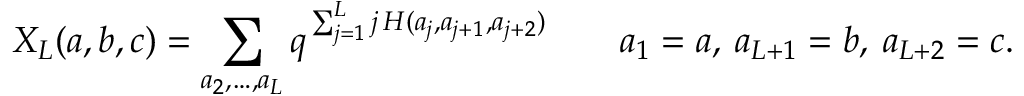
X _ { L } ( a , b , c ) = \sum _ { a _ { 2 } , \ldots , a _ { L } } q ^ { \, \sum _ { j = 1 } ^ { L } j \, H ( a _ { j } , a _ { j + 1 } , a _ { j + 2 } ) } \qquad a _ { 1 } = a , \: a _ { L + 1 } = b , \: a _ { L + 2 } = c .